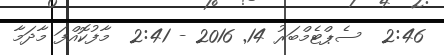
2:46  ސެޕްޓެމްބަރު 14